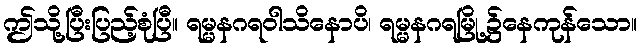
ဤသို့ပြီးပြည့်စုံပြီ။ ရမ္မနဂရဝါသိနောပိ၊ ရမ္မနဂရမြို့၌နေကုန်သော။